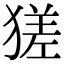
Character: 𤠝